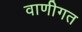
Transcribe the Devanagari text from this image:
वाणीगत